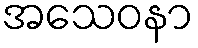
အသေဝနာ